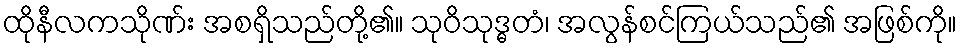
ထိုနီလကသိုဏ်း အစရှိသည်တို့၏။ သုဝိသုဒ္ဓတံ၊ အလွန်စင်ကြယ်သည်၏ အဖြစ်ကို။